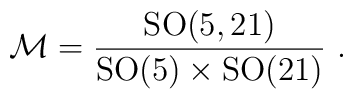
{\cal M} =  \frac{{\rm SO}(5,21)}{{\rm SO}(5)\times {\rm SO}(21)}\ .